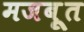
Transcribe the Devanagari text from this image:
मजबूूत